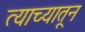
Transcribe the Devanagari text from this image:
त्याच्यातून